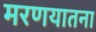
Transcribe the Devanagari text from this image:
मरणयातना